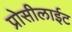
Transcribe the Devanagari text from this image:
प्रोसीलाईट